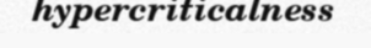
hypercriticalness